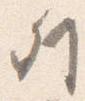
列